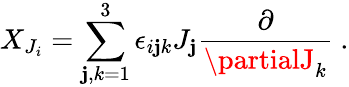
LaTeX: X_{J_{i}}=\sum_{\mathbf{j},k=1}^{3}\epsilon_{i\mathbf{j}k}J_{\mathbf{j}}\frac{{\partial}}{{\partialJ_{k}}}~.